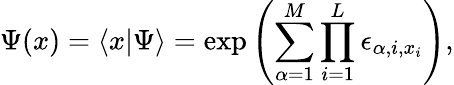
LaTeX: \Psi(x)=\langle x|\Psi\rangle=\exp\left(\sum_{\alpha=1}^{M}\prod_{i=1}^{L}\epsilon_{\alpha,i,x_{i}}\right),